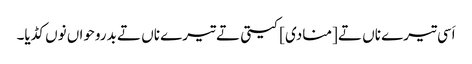
اَسی تیرے ناں تے [منادی] کیتی تے تیرے ناں تے بدروحواں نوں کڈیا۔